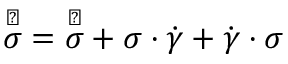
\overset \vartriangle { \boldsymbol { \sigma } } = \overset \triangledown { \boldsymbol { \sigma } } + \boldsymbol { \sigma } \cdot \dot { \boldsymbol { \gamma } } + \dot { \boldsymbol { \gamma } } \cdot \boldsymbol { \sigma }